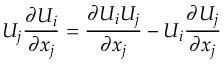
U _ { j } { \frac { \partial U _ { i } } { \partial x _ { j } } } = { \frac { \partial U _ { i } U _ { j } } { \partial x _ { j } } } - U _ { i } { \frac { \partial U _ { j } } { \partial x _ { j } } }